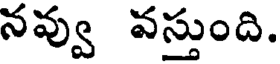
నవ్వు వస్తుంది.